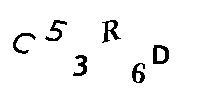
C53R6D